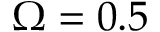
\Omega = 0 . 5